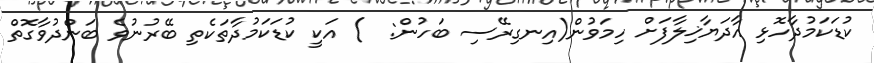
ކުޑަކަމުދާހޮޅި އާދަޔާޚިލާފަށް ހިމަވުން(އިނގިރޭސި ބަހުން:  ) އަކީ ކުޑަކަމުދާތަކެތި ބޭރުނުވެ ބަންދުވާގޮތް